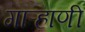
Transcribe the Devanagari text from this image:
गाऱ्हाणी